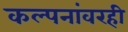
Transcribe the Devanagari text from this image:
कल्पनांवरही